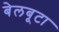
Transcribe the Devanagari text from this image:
बेलबूटा